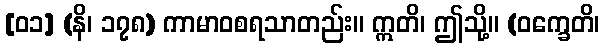
[၀၁] (နိ၊ ၁၇၈) ကာမာဝစရသာတည်း။ ဣတိ၊ ဤသို့။ (ဝက္ခေတိ၊